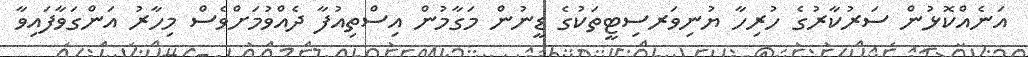
އަނެއްކޮޅުން ސަރުކާރުގެ ހުރިހާ ޔުނިވަރސިޓީތަކުގެ ޑީނުން މަގާމުން އިސްތިއުފާ ދެއްވުމަށްވެސް މިހާރު އަންގަވާފައިވާ